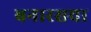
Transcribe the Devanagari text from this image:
बनारसचा